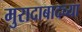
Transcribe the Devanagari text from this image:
मुरादाबादच्या